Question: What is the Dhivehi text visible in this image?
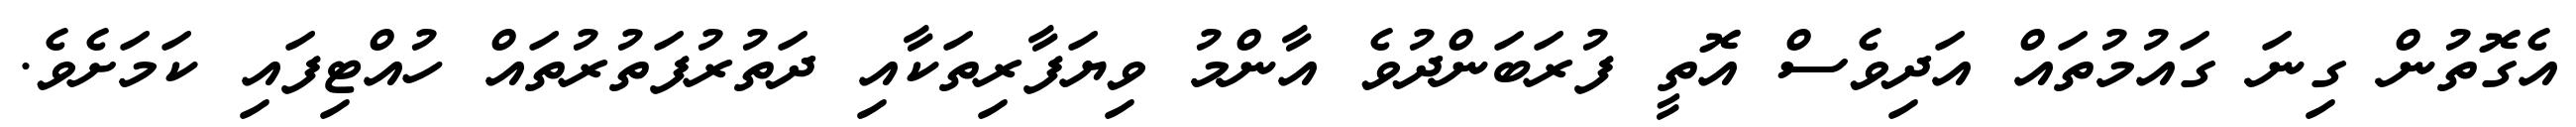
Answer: އެގޮތުން ގިނަ ގައުމުތައް އަދިވެސް އޮތީ ފުރަބަންދުވެ އާންމު ވިޔަފާރިތަކާއި ދަތުރުފަތުރުތައް ހުއްޓިފައި ކަމަށެވެ.